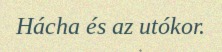
Hácha és az utókor.